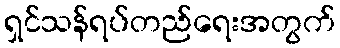
ရှင်သန်ရပ်တည်ရေးအတွက်